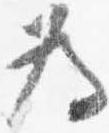
為